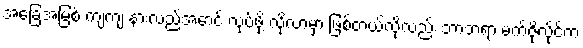
အခြေအမြစ် ကျကျ နားလည်အောင် လုပ်ဖို့ လိုလာမှာ ဖြစ်တယ်လို့လည်း ဘာဘရာ မက်ဇိုလိုင်က